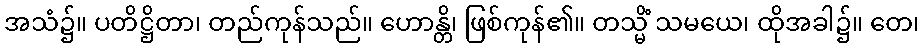
အသံ၌။ ပတိဋ္ဌိတာ၊ တည်ကုန်သည်။ ဟောန္တိ၊ ဖြစ်ကုန်၏။ တသ္မိံ သမယေ၊ ထိုအခါ၌။ တေ၊